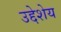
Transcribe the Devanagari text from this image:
उद्देशेय